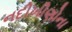
નદીખીણોના